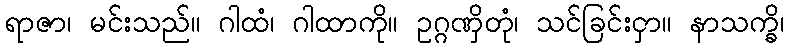
ရာဇာ၊ မင်းသည်။ ဂါထံ၊ ဂါထာကို။ ဥဂ္ဂဏှိတုံ၊ သင်ခြင်းငှာ။ နာသက္ခိ၊